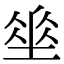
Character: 𡍮